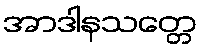
အာဒါနသတ္တေ